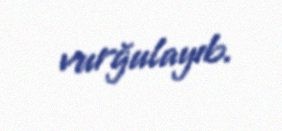
vurğulayıb.